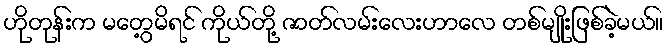
ဟိုတုန်းက မတွေ့မိရင် ကိုယ်တို့ ဇာတ်လမ်းလေးဟာလေ တစ်မျိုးဖြစ်ခဲ့မယ်။